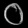
Digit: ၀